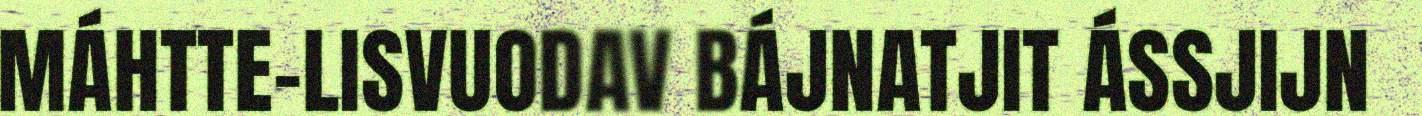
MÁHTTE-LISVUODAV BÁJNATJIT ÁSSJIJN